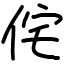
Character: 侘